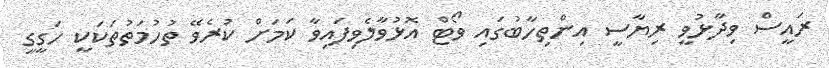
ރައީސް ވިދާޅުވީ ރިޔާސީ އިންތިހާބުގައި ވޯޓް އޮޅުވާލެވިފައިވާ ކަމަށް ކުރެވޭ ތުހުމަތުތަކަކީ ހަގީގީ